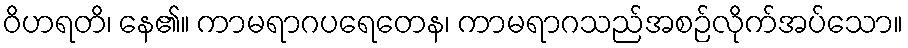
ဝိဟရတိ၊ နေ၏။ ကာမရာဂပရေတေန၊ ကာမရာဂသည်အစဉ်လိုက်အပ်သော။